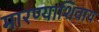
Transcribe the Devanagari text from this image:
मारण्याशिवाय